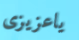
ياعزيزى